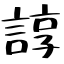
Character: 諄